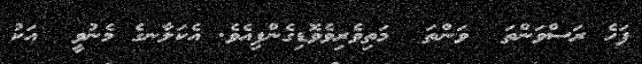
ފަހެ ރަސްވަންތަ  ވަންތަ  މަތިވެރިވެވޮޑިގެންފިއެވެ. އެކަލާނގެ މެނުވީ  އަކު